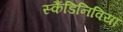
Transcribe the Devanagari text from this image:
स्कैंडिनिविया